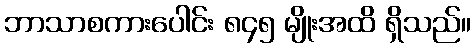
ဘာသာစကားပေါင်း ၈၄၅ မျိုးအထိ ရှိသည်။